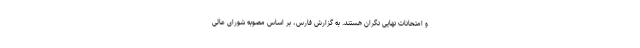
و امتحانات نهایی نگران هستند. به گزارش فارس، بر اساس مصوبه شورای عالی